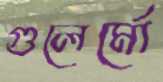
গুলের্মো